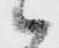
候